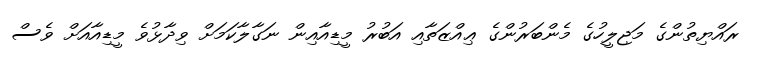
ރައްޔިތުންގެ މަޖިލީހުގެ މެންބަރުންގެ ޢިއްޒަތާއި އަބުރު މީޑިއާއިން ނަގާލާކަމަށް ވިދާޅުވެ މީޑިއާއަށް ވެސް